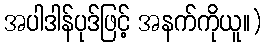
အပါဒါန်ပုဒ်ဖြင့် အနက်ကိုယူ။)